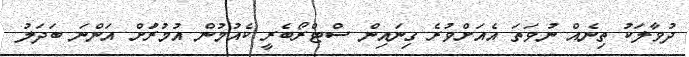
ދުވާލަކު ތިނެއް ނުވަތަ އެއަށްވުރެ ގިނައިން ސްޓްރޯބެރީ ކެއުމުން އުމުރުަށް އަންނަ ބަދަލު